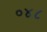
૦૪૮